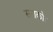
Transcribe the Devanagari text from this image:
सराकोर